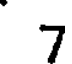
7